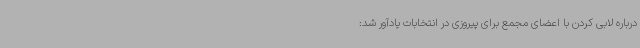
درباره لابی کردن با اعضای مجمع برای پیروزی در انتخابات یادآور شد: